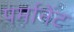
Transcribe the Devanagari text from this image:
पर्मानेंट